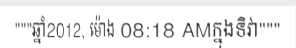
"""ឆ្នាំ2012, ម៉ោង 08:18 AMក្នុងទិវា"""